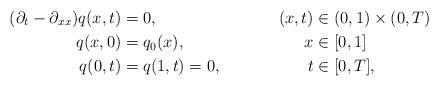
LaTeX: \begin{align*}(\partial_t-\partial_{xx})q(x,t) &= 0, & (x,t) &\in (0,1)\times(0,T) \\q(x,0) &= q_0(x), & x &\in [0,1] \\q(0,t) &= q(1,t) = 0, & t &\in [0,T],\end{align*}